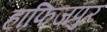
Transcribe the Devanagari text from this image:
हाफिजपुर